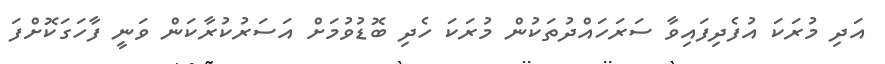
އަދި މުރަކަ އުފެދިފައިވާ ސަރަހައްދުތަކުން މުރަކަ ހެދި ބޮޑުވުމަށް އަސަރުކުރާކަން ވަނީ ފާހަގަކޮށްފަ